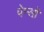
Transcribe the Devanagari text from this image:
पेन्सो